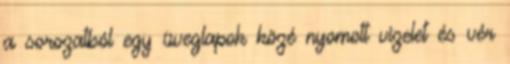
a sorozatból egy üveglapok közé nyomott vizelet és vér